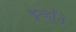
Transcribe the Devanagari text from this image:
इन्होँने